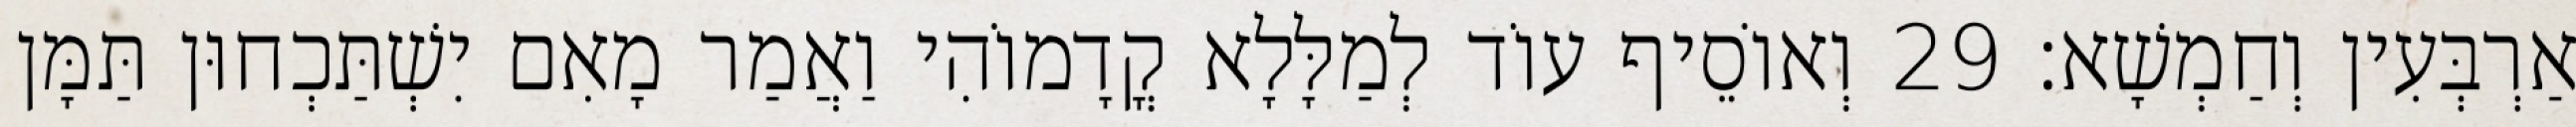
אַרְבְּעִין וְחַמְשָׁא׃ 29 וְאוֹסֵיף עוֹד לְמַלָּלָא קֳדָמוֹהִי וַאֲמַר מָאִם יִשְׁתַּכְחוּן תַּמָּן